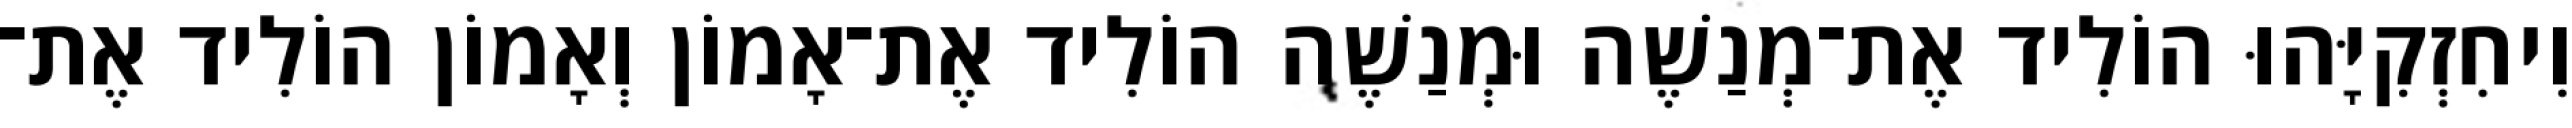
וִיחִזְקִיָּהוּ הוֹלִיד אֶת־מְנַשֶׁה וּמְנַשֶׁה הוֹלִיד אֶת־אָמוֹן וְאָמוֹן הוֹלִיד אֶת־